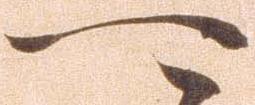
可